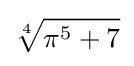
{\sqrt[{4}]{\pi ^{5}+7}}